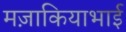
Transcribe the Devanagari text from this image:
मज़ाकियाभाई